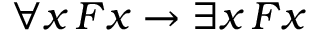
\forall x \, F x \rightarrow \exists x \, F x